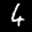
Label: 4